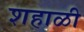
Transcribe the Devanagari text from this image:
शहाळी